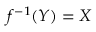
f ^ { - 1 } ( Y ) = X